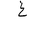
Letter: _gayn